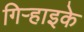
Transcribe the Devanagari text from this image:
गिऱ्हाइके